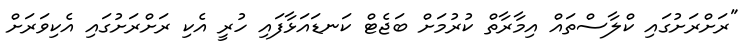
"ރަށްރަށުގައި ކްލާސްތައް އިމާރާތް ކުރުމަށް ބަޖެޓް ކަނޑައަޅާފައި ހުރީ އެކި ރަށްރަށުގައި އެކިވަރަށް